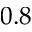
0 . 8